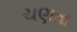
ચણતા